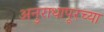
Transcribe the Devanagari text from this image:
अनुराधापूरच्या